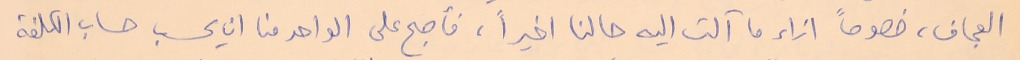
العجاف، خصوصاً ازاء ما آلت اليه حالنا اخيراً، فأصبح على الواحد منا ان يحسب حساب الكلفة